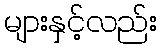
များနှင့်လည်း